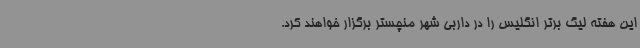
این هفته لیگ برتر انگلیس را در داربی شهر منچستر برگزار خواهند کرد.